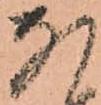
な